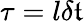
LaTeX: \tau=l\delta\mathfrak{t}